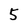
Character: 5